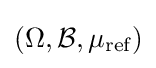
(\Omega ,{\mathcal {B}},\mu _{\text{ref}})